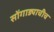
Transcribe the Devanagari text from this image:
सोंगाड्याचीच